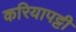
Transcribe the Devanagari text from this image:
करियापट्टी